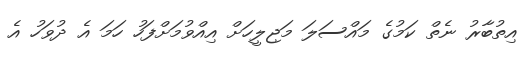
އިތުބާރު ނެތް ކަމުގެ މައްސަލަ މަޖިލީހަށް އިއްވުމަށްފަހު ހަމަ އެ ދުވަހު އެ